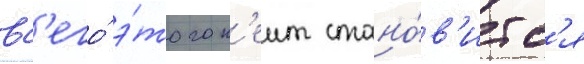
вс'его́ э́того к'еит стано́в'итс'я